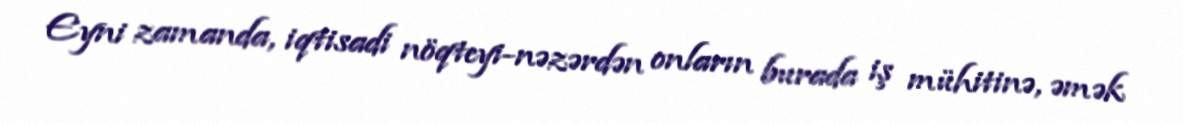
Eyni zamanda, iqtisadi nöqteyi-nəzərdən onların burada iş mühitinə, əmək